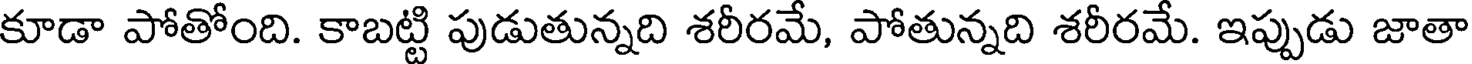
కూడా పోతోంది. కాబట్టి పుడుతున్నది శరీరమే, పోతున్నది శరీరమే. ఇప్పుడు జాతా